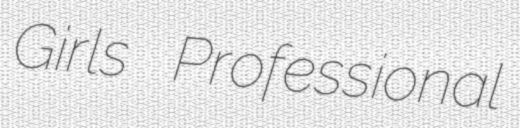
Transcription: Girls Professional